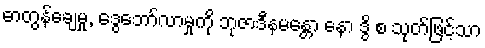
ဓာတွန်ချေမှု, ဒွေဘော်လာမှုကို ဘုဇာဒီနမန္တော နော ဒွိ စ သုတ်ဖြင့်သာ